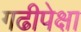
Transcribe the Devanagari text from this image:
गढीपेक्षा